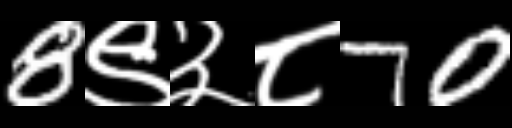
Text: 8९३८70